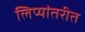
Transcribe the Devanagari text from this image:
लिप्यांतरीत